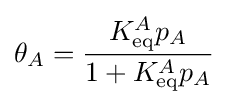
\theta _{A}={\frac {K_{\text{eq}}^{A}p_{A}}{1+K_{\text{eq}}^{A}p_{A}}}